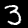
Label: 3